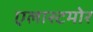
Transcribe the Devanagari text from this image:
एलास्टमोर